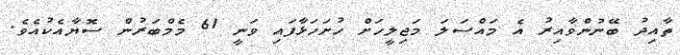
ތާއިދު ބޭނުންވާއިރު އެ މައްސަލަ މަޖިލީހަށް ހުށަހަޅާފައި ވަނީ 61 މެމްބަރުން ސޮޔާއެކުއެވެ.